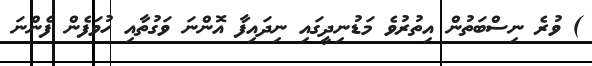
) ވުރެ ނިސްބަތުން އިތުރުވެ މަޑުނިދީގައި ނިދައިފާ އޮންނަ ވަގުތާއި ހުވަފެން ފެންނަ